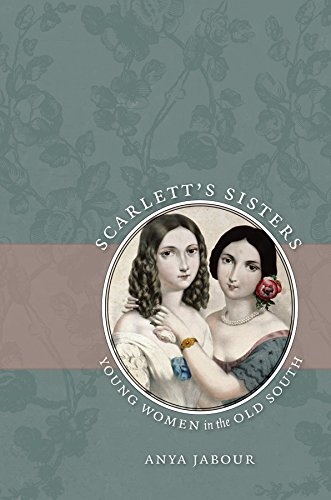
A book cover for Scarlett's Sisters: Young Women in the Old South; Anya Jabour; Politics & Social Sciences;